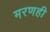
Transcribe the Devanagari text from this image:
मरणही